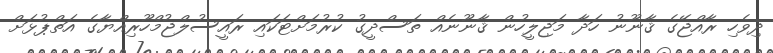
ދިވެހި ރާއްޖޭގެ ޤާނޫނު ހަދާ މަޖިލީހުން ޤާނޫނެއް ތަސްދީގު ކުރުމަށްޓަކައި ރައީސުލްޖުމްހޫރިއްޔާގެ އަތްޕުޅަށް